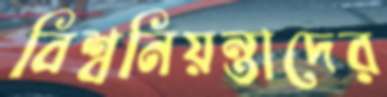
বিশ্বনিয়ন্তাদের